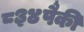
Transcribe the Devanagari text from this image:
८३४पैकी